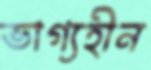
ভাগ্যহীন